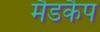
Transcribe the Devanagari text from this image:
मैडकैप